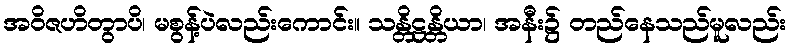
အဝိဇဟိတွာပိ၊ မစွန့်ပဲလည်းကောင်း။ သန္တိဋ္ဌန္တိယာ၊ အနီး၌ တည်နေသည်မူလည်း